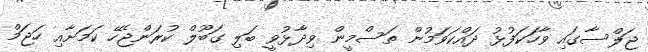
ޖަލްސާގައި ވާހަކަފުޅު ދައްކަވަމުން ތަސްމީން ވިދާޅުވީ ބަލި ގަބޫލް ކުރަންޖެހޭ ކަމަށާއި ހަޖަމް